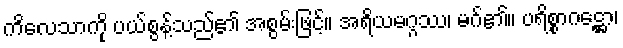
ကိလေသာကို ပယ်စွန့်သည်၏ အစွမ်းဖြင့်။ အရိယမဂ္ဂဿ၊ မဂ်၏။ ပရိစ္စာဂဋ္ဌော၊